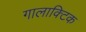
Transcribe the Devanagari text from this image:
गालाक्टिक